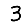
Digit: 3